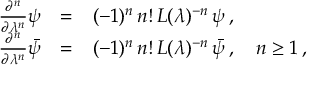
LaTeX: \begin{array} { r c l } { { \frac { \partial ^ { n } } { \partial \lambda ^ { n } } \psi } } & { { = } } & { { ( - 1 ) ^ { n } \, n ! \, L ( \lambda ) ^ { - n } \, \psi \, , } } \\ { { \frac { \partial ^ { n } } { \partial \lambda ^ { n } } \bar { \psi } } } & { { = } } & { { ( - 1 ) ^ { n } \, n ! \, L ( \lambda ) ^ { - n } \, \bar { \psi } \, , \quad n \geq 1 \, , } } \end{array}